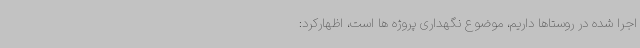
اجرا شده در روستاها داریم، موضوع نگهداری پروژه ها است، اظهارکرد: